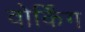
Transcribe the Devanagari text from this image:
वोर्किंग